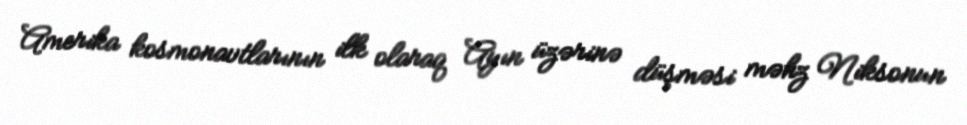
Amerika kosmonavtlarının ilk olaraq Ayın üzərinə düşməsi məhz Niksonun